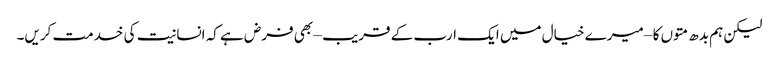
لیکن ہم بدھ متوں کا – میرے خیال میں ایک ارب کے قریب – بھی فرض ہے کہ انسانیت کی خدمت کریں۔